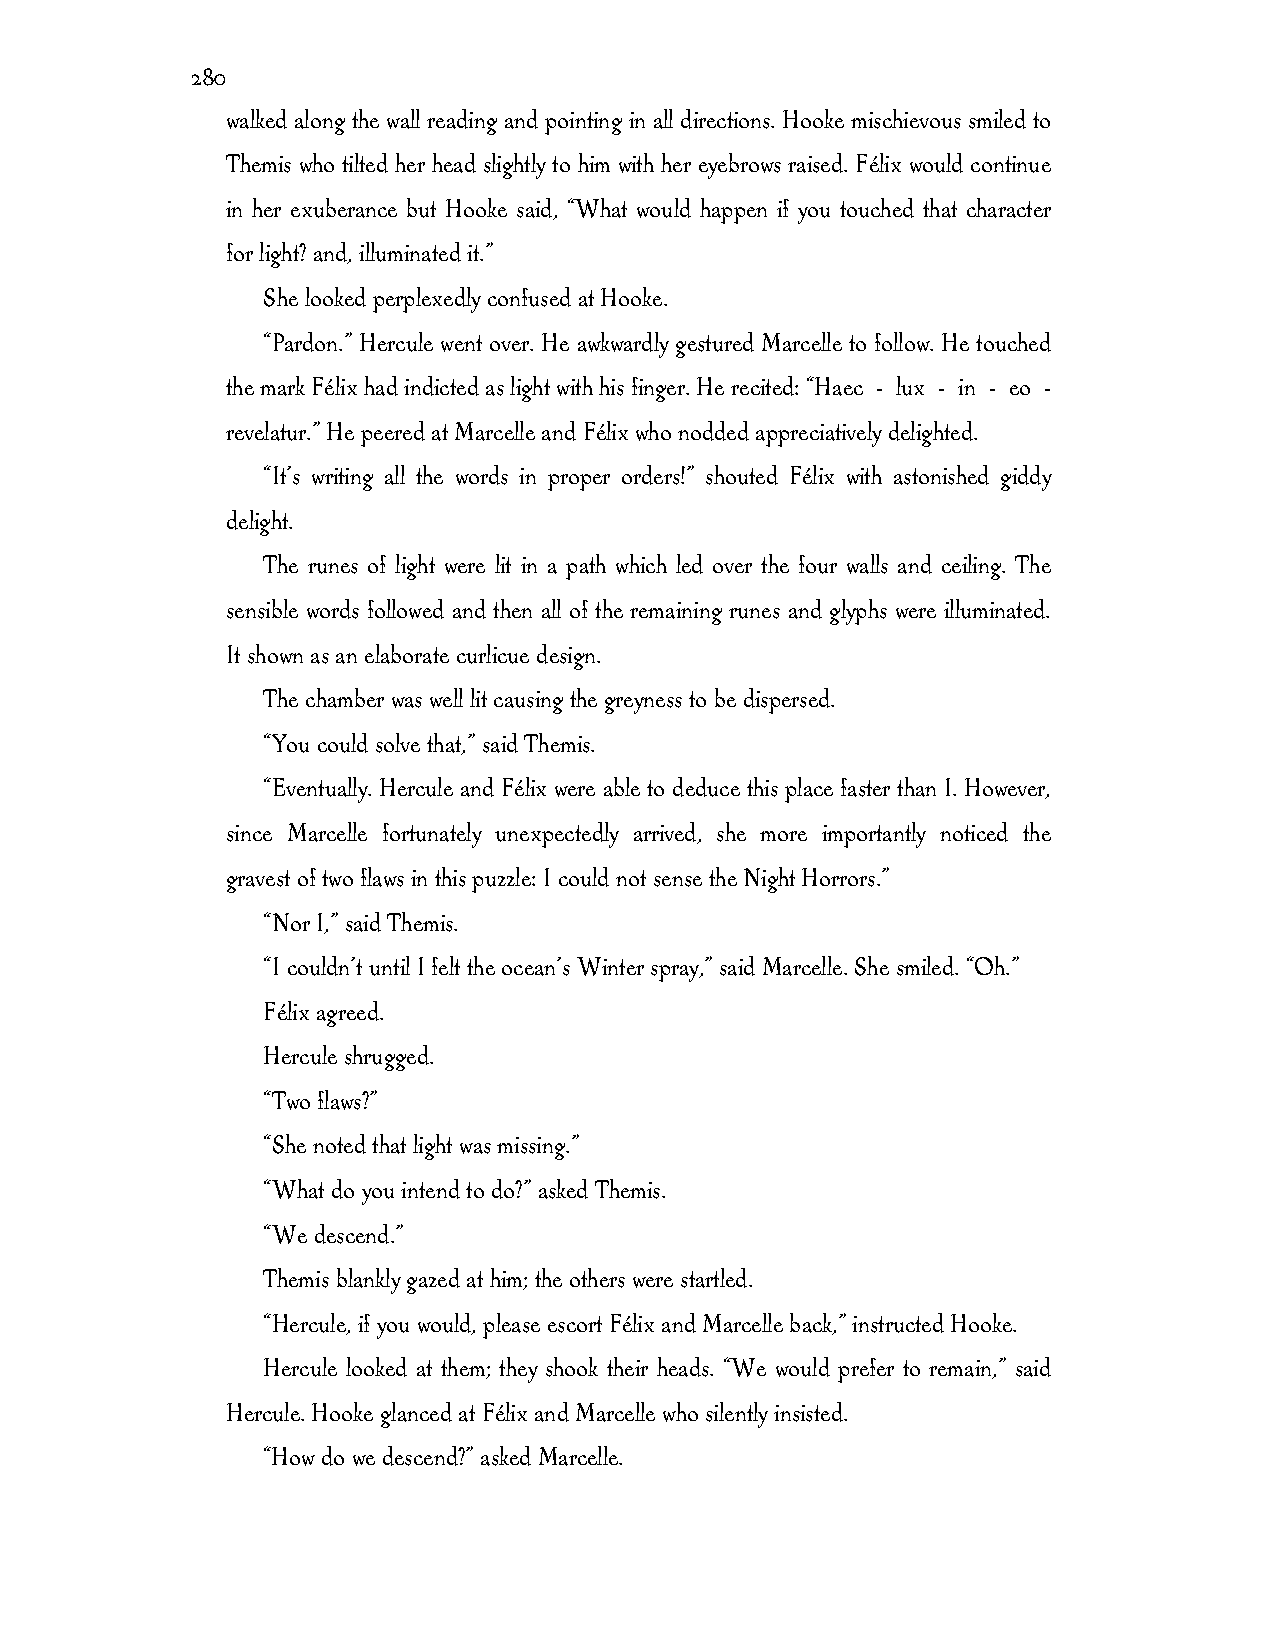
280
 walked along the wall reading and pointing in all directions. Hooke mischievous smiled to
 Themis who tilted her head slightly to him with her eyebrows raised. Félix would continue
 in her exuberance but Hooke said, “What would happen if you touched that character
 for light? and, illuminated it.”
 She looked perplexedly confused at Hooke.
 “Pardon.” Hercule went over. He awkwardly gestured Marcelle to follow. He touched
 the mark Félix had indicted as light with his finger. He recited: “Haec - lux - in - eo -
 revelatur.” He peered at Marcelle and Félix who nodded appreciatively delighted.
 “It’s writing all the words in proper orders!” shouted Félix with astonished giddy
 delight.
 The runes of light were lit in a path which led over the four walls and ceiling. The
 sensible words followed and then all of the remaining runes and glyphs were illuminated.
 It shown as an elaborate curlicue design.
 The chamber was well lit causing the greyness to be dispersed.
 “You could solve that,” said Themis.
 “Eventually. Hercule and Félix were able to deduce this place faster than I. However,
 since Marcelle fortunately unexpectedly arrived, she more importantly noticed the
 gravest of two flaws in this puzzle: I could not sense the Night Horrors.”
 “Nor I,” said Themis.
 “I couldn’t until I felt the ocean’s Winter spray,” said Marcelle. She smiled. “Oh.”
 Félix agreed.
 Hercule shrugged.
 “Two flaws?”
 “She noted that light was missing.”
 “What do you intend to do?” asked Themis.
 “We descend.”
 Themis blankly gazed at him; the others were startled.
 “Hercule, if you would, please escort Félix and Marcelle back,” instructed Hooke.
 Hercule looked at them; they shook their heads. “We would prefer to remain,” said
 Hercule. Hooke glanced at Félix and Marcelle who silently insisted.
 “How do we descend?” asked Marcelle.